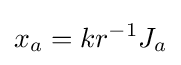
x_{a}=kr^{-1}J_{a}